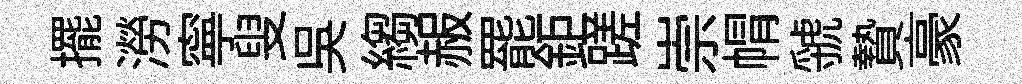
擺澇寧叟吴縐赧罷鉅蹉崇㡌虢贄豪